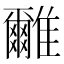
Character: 𩁖